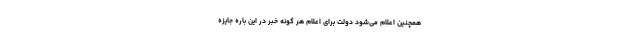
همچنین اعلام می‌شود دولت برای اعلام هر گونه خبر در این باره جایزه